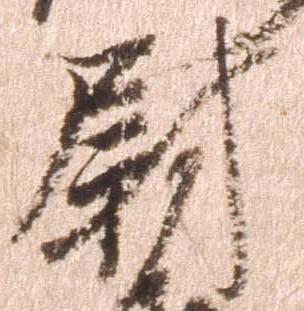
尉